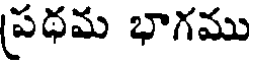
(పథమ భాగము